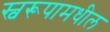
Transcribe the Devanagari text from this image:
स्वरूपामधील